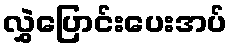
လွှဲပြောင်းပေးအပ်